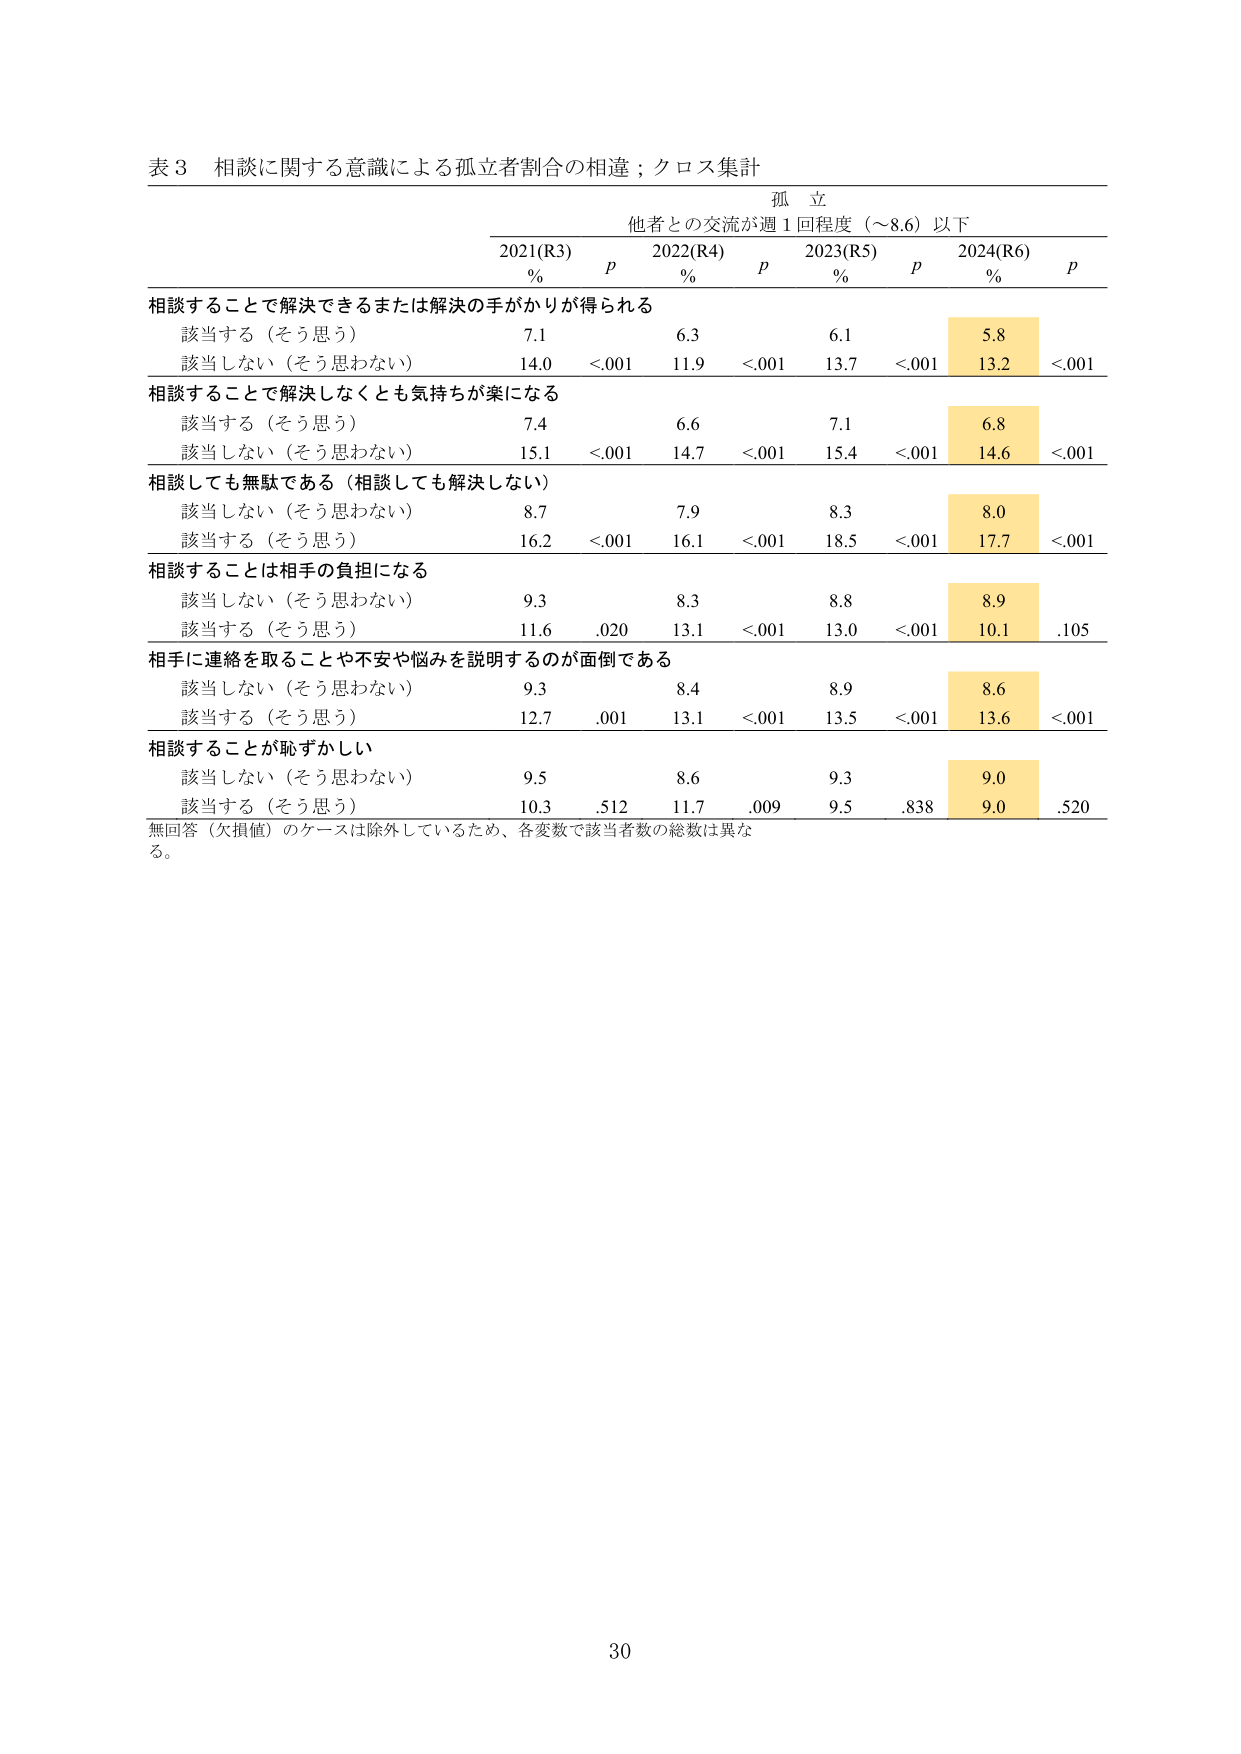
表３ 相談に関する意識による孤立者割合の相違；クロス集計

孤 立
他者との交流が週１回程度（～8.6）以下

2021(R3)      2022(R4)      2023(R5)      2024(R6)
%             p             %             p             %             p             %             p

相談することで解決できるまたは解決の手がかりが得られる
　該当する（そう思う）                 7.1           6.3           6.1           5.8
　該当しない（そう思わない）           14.0          <.001         11.9          <.001         13.7          <.001         13.2          <.001

相談することで解決しなくとも気持ちが楽になる
　該当する（そう思う）                 7.4           6.6           7.1           6.8
　該当しない（そう思わない）           15.1          <.001         14.7          <.001         15.4          <.001         14.6          <.001

相談しても無駄である（相談しても解決しない）
　該当しない（そう思わない）           8.7           7.9           8.3           8.0
　該当する（そう思う）                 16.2          <.001         16.1          <.001         18.5          <.001         17.7          <.001

相談することは相手の負担になる
　該当しない（そう思わない）           9.3           8.3           8.8           8.9
　該当する（そう思う）                 11.6         .020          13.1          <.001         13.0          <.001         10.1         .105

相手に連絡を取ることや不安や悩みを説明するのが面倒である
　該当しない（そう思わない）           9.3           8.4           8.9           8.6
　該当する（そう思う）                 12.7         .001          13.1          <.001         13.5          <.001         13.6          <.001

相談することが恥ずかしい
　該当しない（そう思わない）           9.5           8.6           9.3           9.0
　該当する（そう思う）                 10.3         .512          11.7         .009          9.5          .838          9.0          .520

無回答（欠損値）のケースは除外しているため、各変数で該当者数の総数は異なる。

30